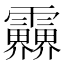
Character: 𩇁